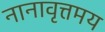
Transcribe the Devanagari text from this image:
नानावृत्तमय